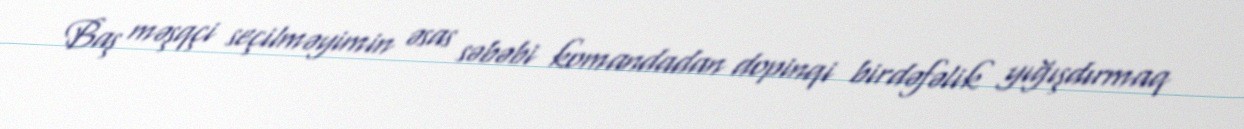
Baş məşqçi seçilməyimin əsas səbəbi komandadan dopinqi birdəfəlik yığışdırmaq